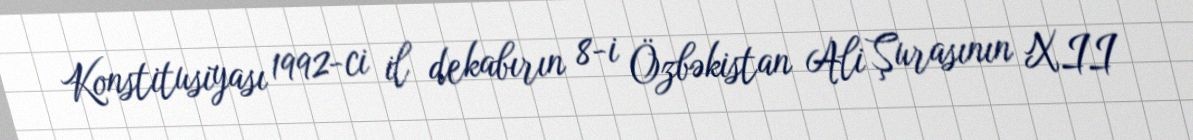
Konstitusiyası 1992-ci il dekabırın 8-i Özbəkistan Ali Şurasının XII